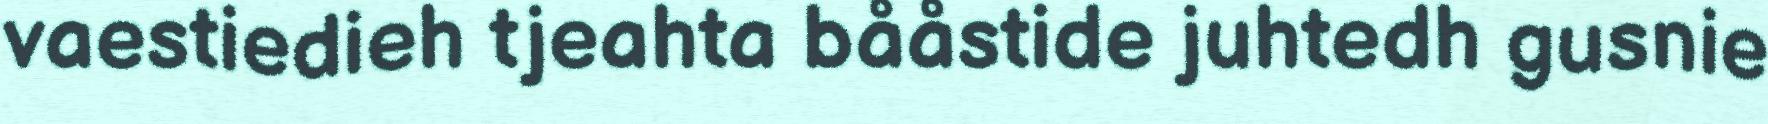
vaestiedieh tjeahta bååstide juhtedh gusnie